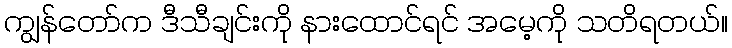
ကျွန်တော်က ဒီသီချင်းကို နားထောင်ရင် အမေ့ကို သတိရတယ်။